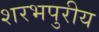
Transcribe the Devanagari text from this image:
शरभपुरीय